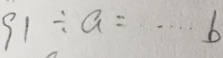
9 1 \div a = \cdots b